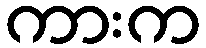
ကားက